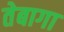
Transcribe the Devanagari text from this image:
तेबागा